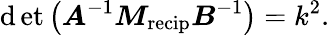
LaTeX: \operatorname*{\mathrm{d}et}\left(\boldsymbol{A}^{-1}\boldsymbol{M}_{\mathrm{{recip}}}\boldsymbol{B}^{-1}\right)=k^{2}.